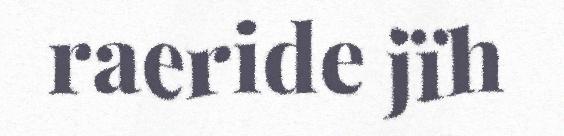
raeride jïh